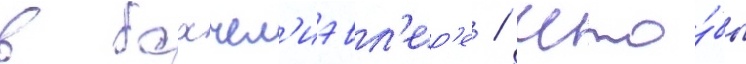
в бахчел'иэвл'ер'е / что́бы